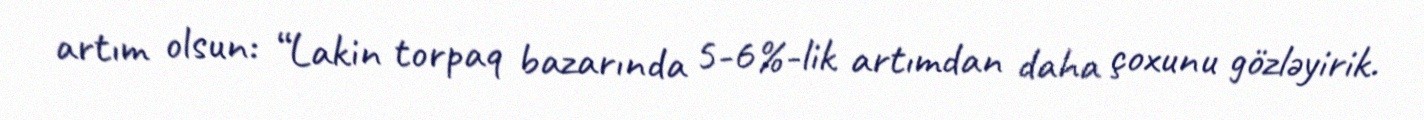
artım olsun: “Lakin torpaq bazarında 5-6%-lik artımdan daha çoxunu gözləyirik.